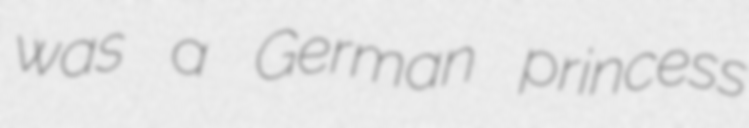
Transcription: was a German princess